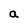
Character: a